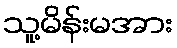
သူ့မိန်းမအား